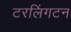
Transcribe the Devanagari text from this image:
टरलिंगटन